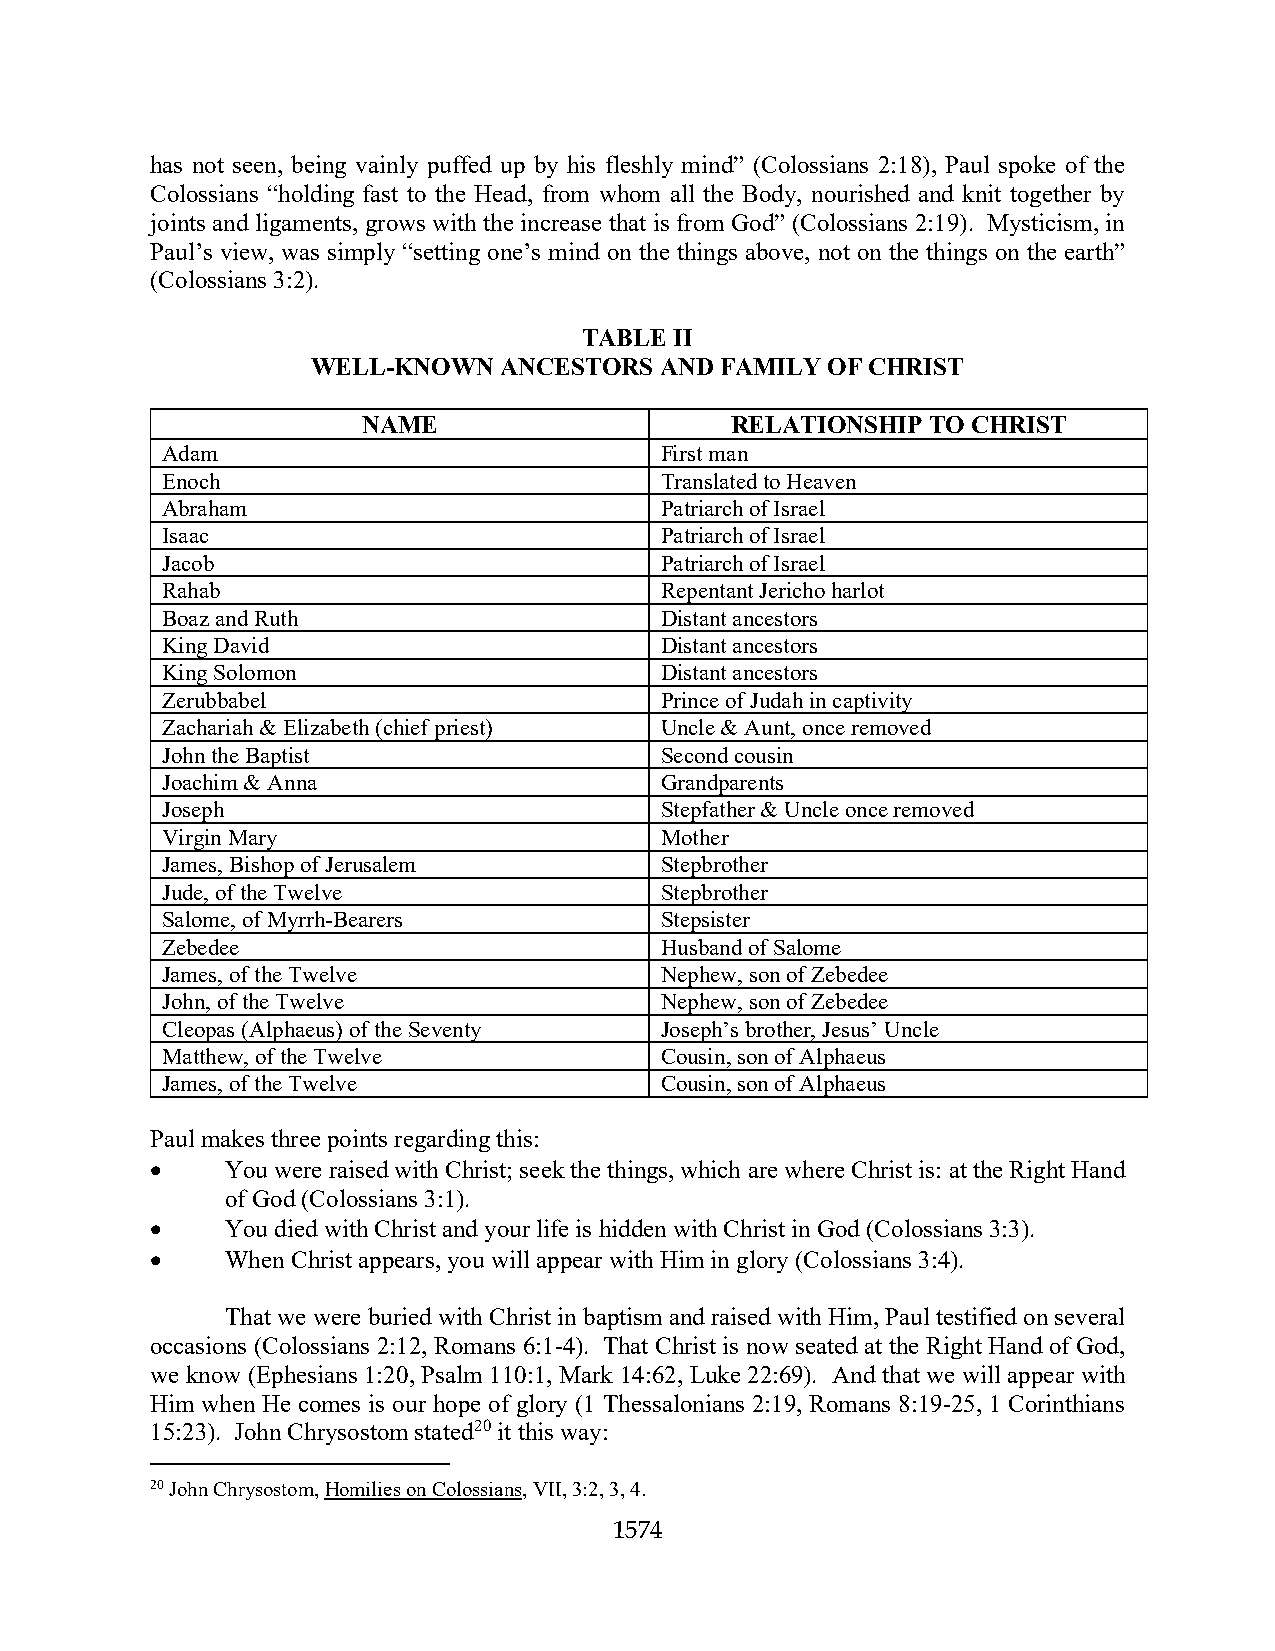
has not seen, being vainly puffed up by his fleshly mind” (Colossians 2:18), Paul spoke of the
 Colossians “holding fast to the Head, from whom all the Body, nourished and knit together by
 joints and ligaments, grows with the increase that is from God” (Colossians 2:19). Mysticism, in
 Paul’s view, was simply “setting one’s mind on the things above, not on the things on the earth”
 (Colossians 3:2).
 TABLE II
 WELL-KNOWN  ANCESTORS  AND FAMILY OF CHRIST
 NAME                    RELATIONSHIP TO CHRIST
 Adam                             First man
 Enoch                            Translated to Heaven
 Abraham                          Patriarch of Israel
 Isaac                            Patriarch of Israel
 Jacob                            Patriarch of Israel
 Rahab                            Repentant Jericho harlot
 Boaz and Ruth                    Distant ancestors
 King David                       Distant ancestors
 King Solomon                     Distant ancestors
 Zerubbabel                       Prince of Judah in captivity
 Zachariah & Elizabeth (chief priest) Uncle & Aunt, once removed
 John the Baptist                 Second cousin
 Joachim & Anna                   Grandparents
 Joseph                           Stepfather & Uncle once removed
 Virgin Mary                      Mother
 James, Bishop of Jerusalem       Stepbrother
 Jude, of the Twelve              Stepbrother
 Salome, of Myrrh-Bearers         Stepsister
 Zebedee                          Husband of Salome
 James, of the Twelve             Nephew, son of Zebedee
 John, of the Twelve              Nephew, son of Zebedee
 Cleopas (Alphaeus) of the Seventy Joseph’s brother, Jesus’ Uncle
 Matthew, of the Twelve           Cousin, son of Alphaeus
 James, of the Twelve             Cousin, son of Alphaeus
 Paul makes three points regarding this:
 •    You were raised with Christ; seek the things, which are where Christ is: at the Right Hand
 of God (Colossians 3:1).
 •    You died with Christ and your life is hidden with Christ in God (Colossians 3:3).
 •    When Christ appears, you will appear with Him in glory (Colossians 3:4).
 That we were buried with Christ in baptism and raised with Him, Paul testified on several
 occasions (Colossians 2:12, Romans 6:1-4). That Christ is now seated at the Right Hand of God,
 we know (Ephesians 1:20, Psalm 110:1, Mark 14:62, Luke 22:69). And that we will appear with
 Him when He comes is our hope of glory (1 Thessalonians 2:19, Romans 8:19-25, 1 Corinthians
 15:23). John Chrysostom stated20 it this way:
 20 John Chrysostom, Homilies on Colossians, VII, 3:2, 3, 4.
 1574